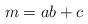
LaTeX: \begin{align*}m=ab+c \end{align*}